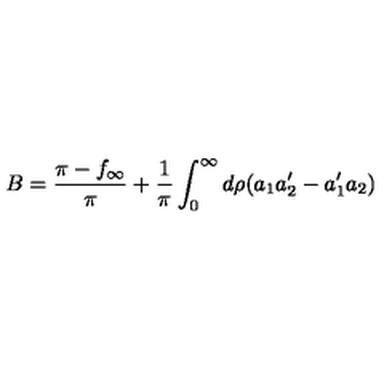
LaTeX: B = \frac { \pi - f _ { \infty } } { \pi } + \frac { 1 } { \pi } \int _ { 0 } ^ { \infty } d \rho ( a _ { 1 } a _ { 2 } ^ { \prime } - a _ { 1 } ^ { \prime } a _ { 2 } )